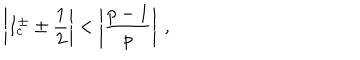
LaTeX: \left| I _ { c } ^ { \pm } \pm \displaystyle \frac { 1 } { 2 } \right| < \left| \displaystyle \frac { p - 1 } { p } \right| \: ,